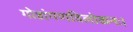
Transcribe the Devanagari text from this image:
गोष्ठांगणविलोकनः।